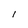
Character: l